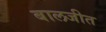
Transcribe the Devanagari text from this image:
बालजीत